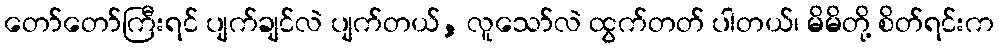
တော်တော်ကြီးရင် ပျက်ချင်လဲ ပျက်တယ်, လူသော်လဲ ထွက်တတ် ပါတယ်၊ မိမိတို့ စိတ်ရင်းက